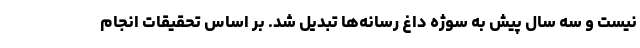
نیست و سه سال پیش به سوژه داغ رسانه‌ها تبدیل شد. بر اساس تحقیقات انجام